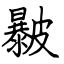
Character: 㿺